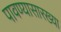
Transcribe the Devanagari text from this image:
पावण्यासारख्या